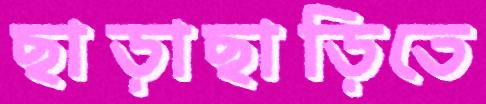
ছাড়াছাড়িতে